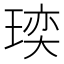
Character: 𪼁